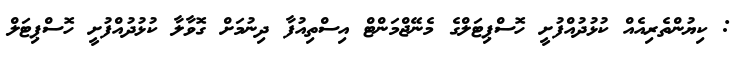
: ކިޔުންތެރިއެއް ކުޅުދުއްފުށީ ހޮސްޕިޓަލްގެ މެނޭޖްމަންޓް އިސްތިއުފާ ދިނުމަށް ގޮވާލާ ކުޅުދުއްފުށީ ހޮސްޕިޓަލް